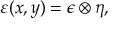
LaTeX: { \varepsilon ( x , y ) = \epsilon \otimes \eta , }